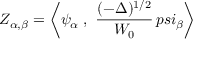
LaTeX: Z _ { \alpha , \beta } = \bigg < \psi _ { \alpha } \; , \ { \frac { ( - \Delta ) ^ { 1 / 2 } } { W _ { 0 } } } \, p s i _ { \beta } \bigg >